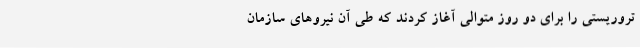
تروریستی را برای دو روز متوالی آغاز کردند که طی آن نیروهای سازمان